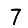
Digit: 7